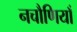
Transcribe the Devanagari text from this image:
नचौणियाँ